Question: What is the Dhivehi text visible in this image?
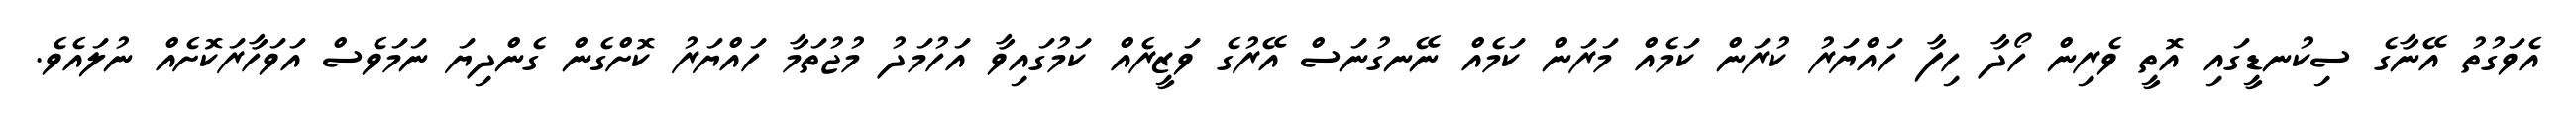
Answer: އެވަގުތު އޭނާގެ ސިކުނޑީގައި އޮތީ ވެރިން ހޯދާ ހިފާ ހައްޔަރު ކުރަން ކަމެއް މަރަން ކަމެއް ނޭނގުނަސް އޭރުގެ ވަޒީރެއް ކަމުގައިވާ އަހުމަދު މުޖުތަމާ ހައްޔަރު ކޮށްގެން ގެންދިޔަ ނަމަވެސް އަވަހާރަކޮށެއް ނުލައެވެ.